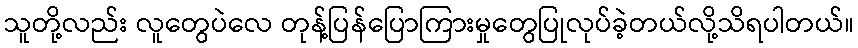
သူတို့လည်း လူတွေပဲလေ တုန့်ပြန်ပြောကြားမှုတွေပြုလုပ်ခဲ့တယ်လို့သိရပါတယ်။